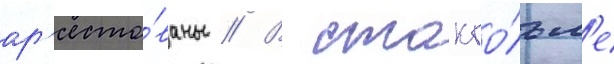
ар'есто́ваны // В стокго́льм'е